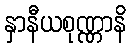
နှာနီယစုဏ္ဏာနိ